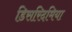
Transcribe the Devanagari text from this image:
डिसरिदमिया